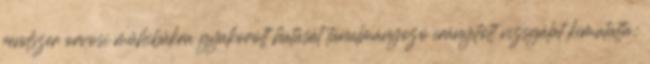
rendszer orvosi műhibákra gyakorolt hatását tanulmányozó irányított vizsgálat kimutatta: